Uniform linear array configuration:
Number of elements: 16
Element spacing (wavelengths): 0.25
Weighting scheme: kaiser
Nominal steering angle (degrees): -15
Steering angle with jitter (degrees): -14.739
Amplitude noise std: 0.05
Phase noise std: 0.05

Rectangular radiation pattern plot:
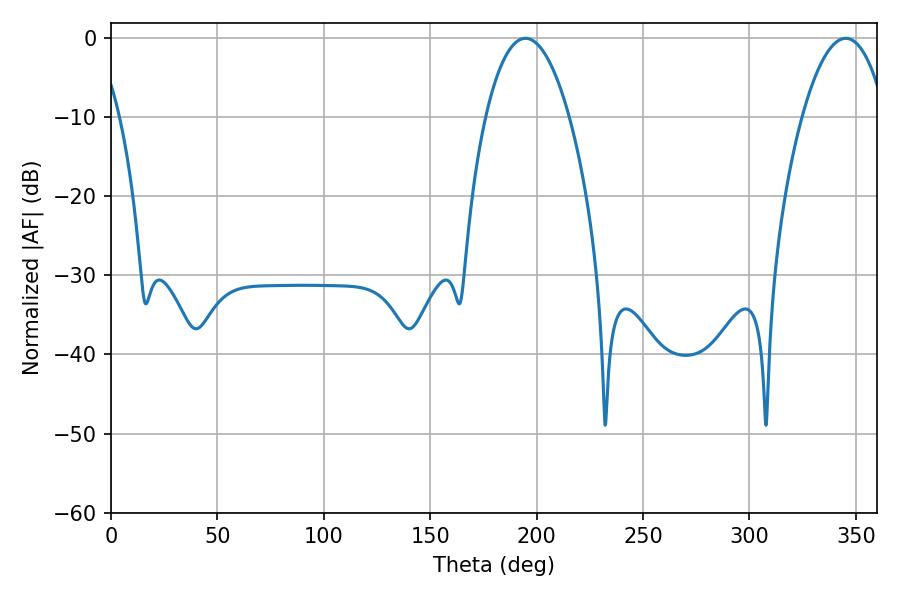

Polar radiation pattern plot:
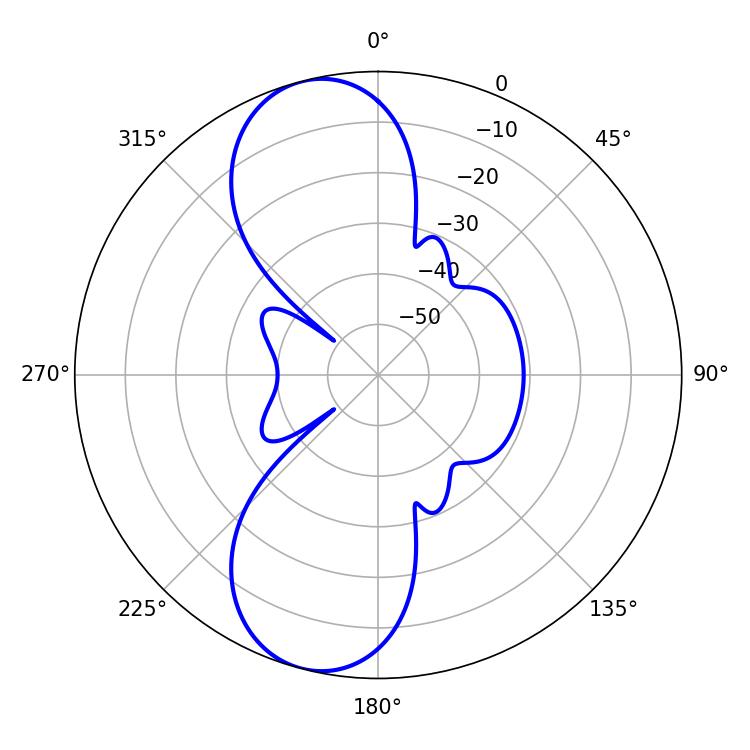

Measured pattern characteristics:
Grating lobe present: FALSE
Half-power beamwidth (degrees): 21.78
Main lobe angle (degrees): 194.76